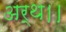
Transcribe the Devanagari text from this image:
अर्थ।।